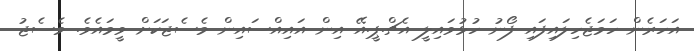
އަހަރެން ހަމަޖެހިލައިފައި ފޯނު ހުޅުވައިލީ އެޗް.ޕީ.އޭ އިން އައިއްސައިން މެސެޖަކަށް ވީމައެވެ. މެސެޖު